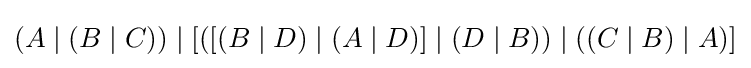
(A\mid (B\mid C))\mid [([(B\mid D)\mid (A\mid D)]\mid (D\mid B))\mid ((C\mid B)\mid A)]